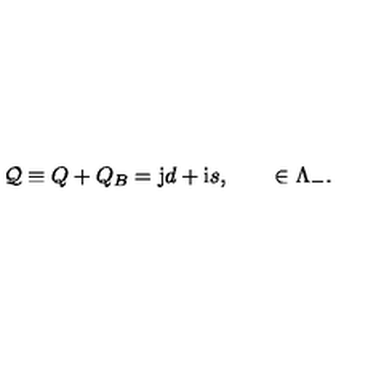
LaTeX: { \cal { Q } } \equiv Q + Q _ { B } = { \bf \mathrm { j } } d + { \bf \mathrm { i } } s , \qquad \in \Lambda _ { - } .